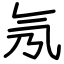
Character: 氖